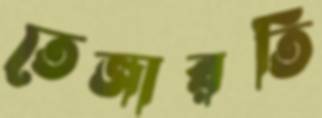
তেজারতি